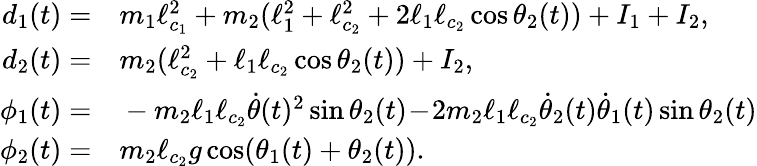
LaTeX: \begin{array}{rl}{d_{1}(t)=}&{{}m_{1}\ell_{c_{1}}^{2}+m_{2}(\ell_{1}^{2}+\ell_{c_{2}}^{2}+2\ell_{1}\ell_{c_{2}}\cos\theta_{2}(t))+I_{1}+I_{2},}\\ {d_{2}(t)=}&{{}m_{2}(\ell_{c_{2}}^{2}+\ell_{1}\ell_{c_{2}}\cos\theta_{2}(t))+I_{2},}\\ {\phi_{1}(t)=}&{{}-m_{2}\ell_{1}\ell_{c_{2}}\dot{\theta}(t)^{2}\sin\theta_{2}(t)\! -\! 2m_{2}\ell_{1}\ell_{c_{2}}\dot{\theta}_{2}(t)\dot{\theta}_{1}(t)\sin\theta_{2}(t)}\\ {\phi_{2}(t)=}&{{}m_{2}\ell_{c_{2}}g\cos(\theta_{1}(t)+\theta_{2}(t)).}\end{array}